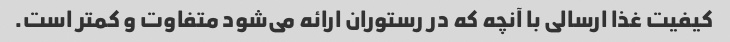
کیفیت غذا ارسالی با آنچه که در رستوران ارائه می‌شود متفاوت و کمتر است.